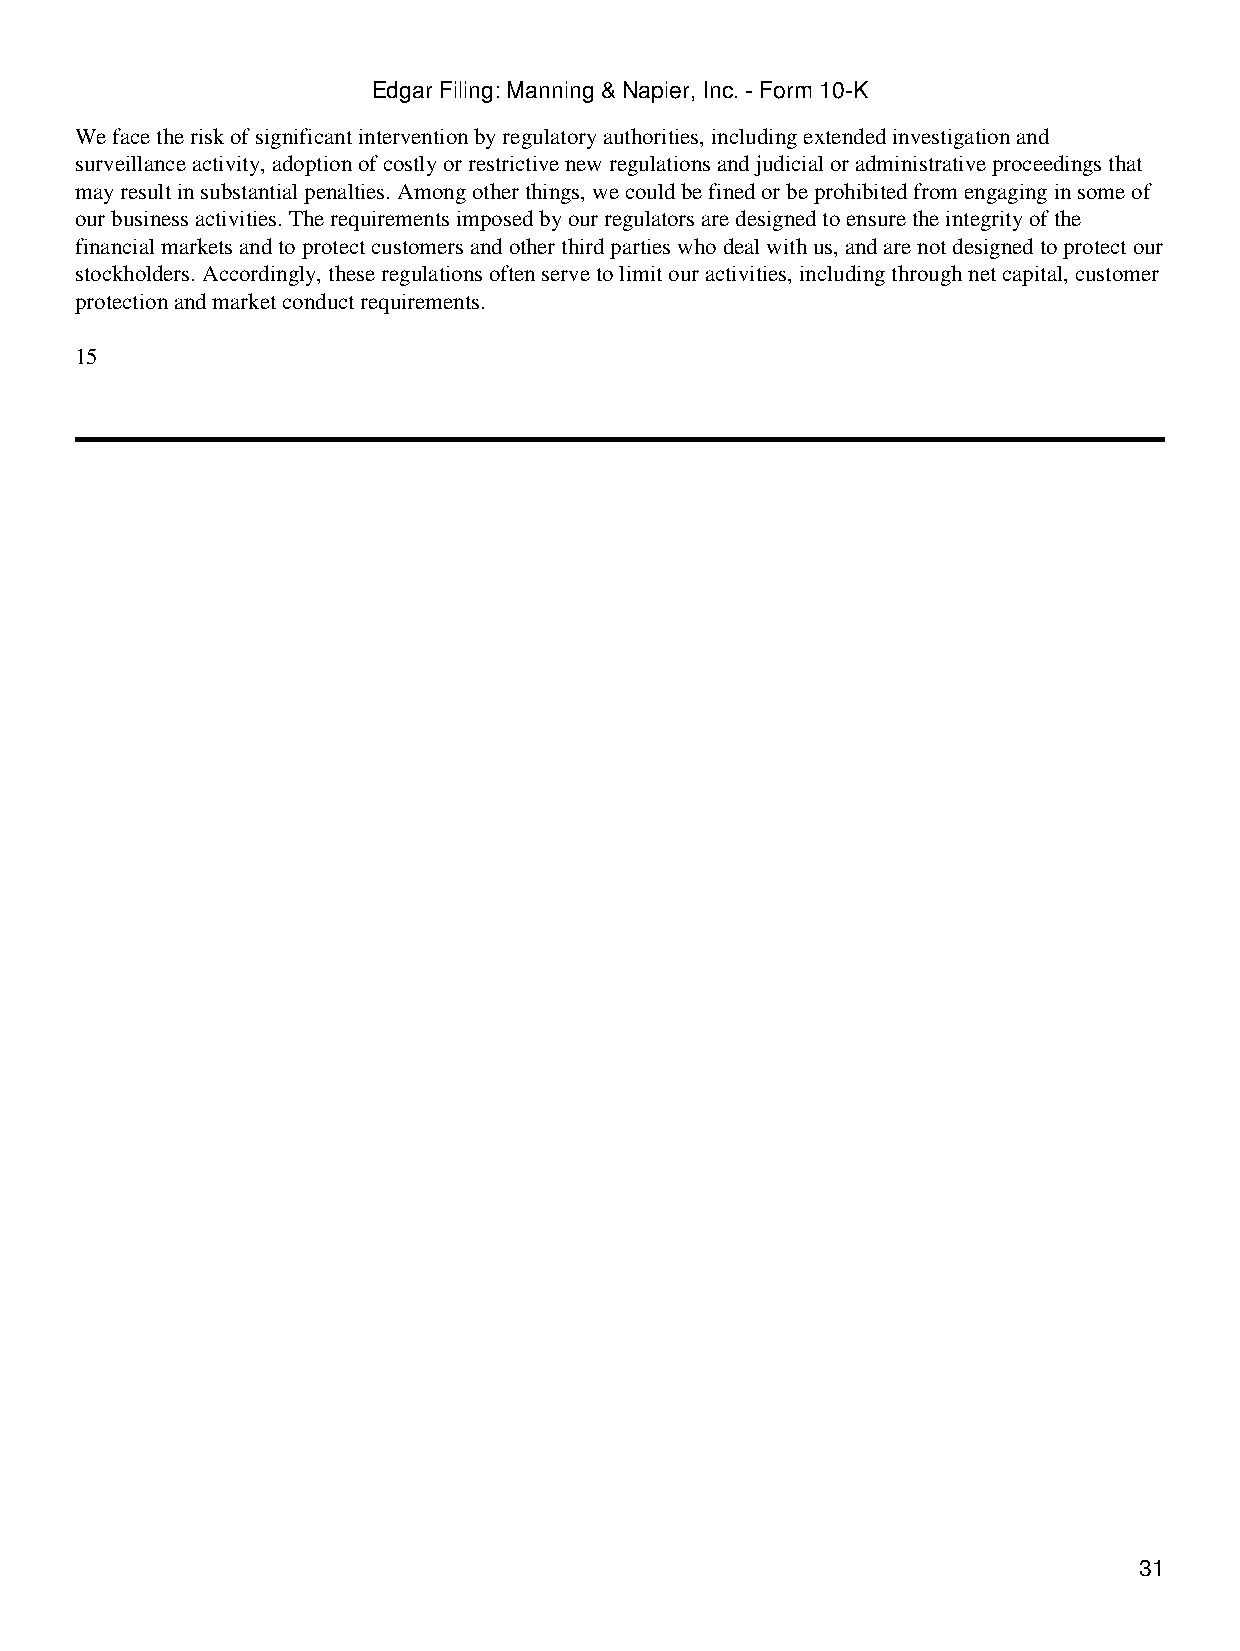
Edgar Filing: Manning & Napier, Inc. - Form 10-K
 We face the risk of significant intervention by regulatory authorities, including extended investigation and
 surveillance activity, adoption of costly or restrictive new regulations and judicial or administrative proceedings that
 may result in substantial penalties. Among other things, we could be fined or be prohibited from engaging in some of
 our business activities. The requirements imposed by our regulators are designed to ensure the integrity of the
 financial markets and to protect customers and other third parties who deal with us, and are not designed to protect our
 stockholders. Accordingly, these regulations often serve to limit our activities, including through net capital, customer
 protection and market conduct requirements.
 15
 31